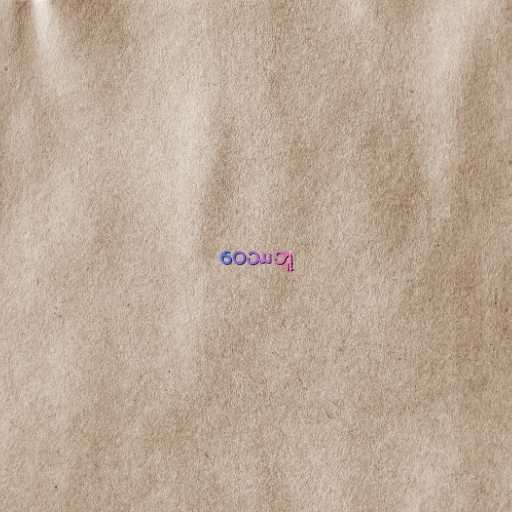
ဝေဿဘူ